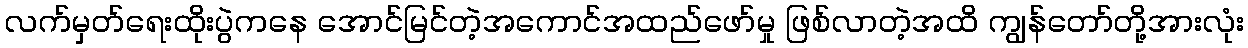
လက်မှတ်ရေးထိုးပွဲကနေ အောင်မြင်တဲ့အကောင်အထည်ဖော်မှု ဖြစ်လာတဲ့အထိ ကျွန်တော်တို့အားလုံး